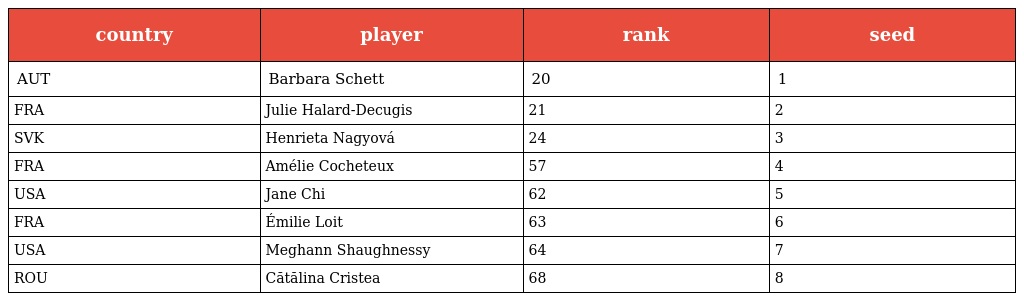
| country | player | rank | seed |
 | --- | --- | --- | --- |
 | AUT | Barbara Schett | 20 | 1 |
 | FRA | Julie Halard-Decugis | 21 | 2 |
 | SVK | Henrieta Nagyová | 24 | 3 |
 | FRA | Amélie Cocheteux | 57 | 4 |
 | USA | Jane Chi | 62 | 5 |
 | FRA | Émilie Loit | 63 | 6 |
 | USA | Meghann Shaughnessy | 64 | 7 |
 | ROU | Cătălina Cristea | 68 | 8 |